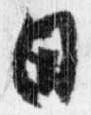
日